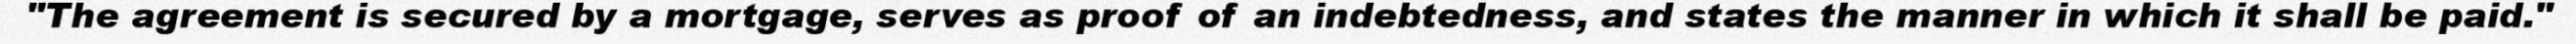
"The agreement is secured by a mortgage, serves as proof of an indebtedness, and states the manner in which it shall be paid."